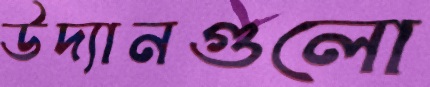
উদ্যানগুলো